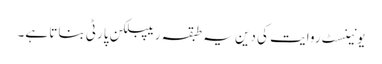
یونینسٹ روایت کی دین یہ طبقہ ریپبلکن پارٹی بناتا ہے۔